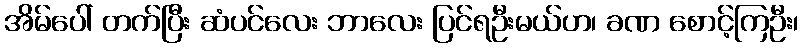
အိမ်ပေါ် တက်ပြီး ဆံပင်လေး ဘာလေး ပြင်ရဦးမယ်ဟ၊ ခဏ စောင့်ကြဦး၊